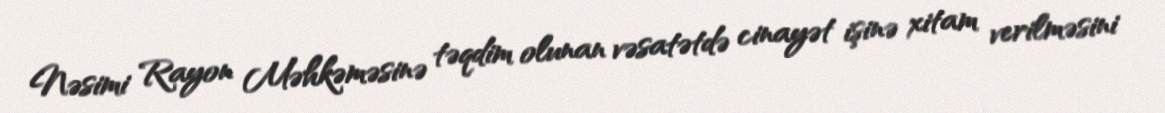
Nəsimi Rayon Məhkəməsinə təqdim olunan vəsatətdə cinayət işinə xitam verilməsini